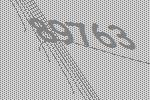
89763